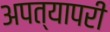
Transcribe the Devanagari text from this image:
अपत्यापरी